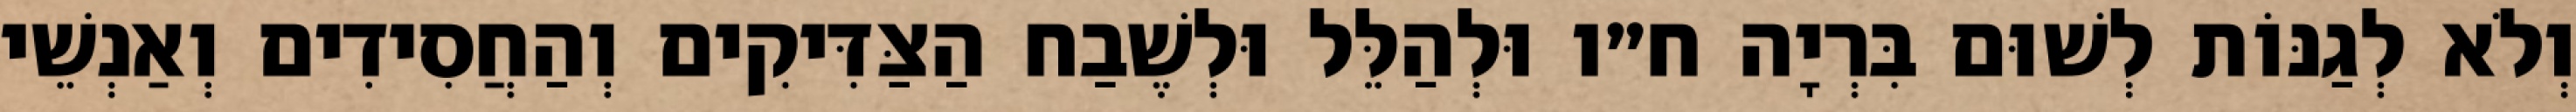
וְלֹא לְגַנּוֹת לְשׁוּם בִּרְיָה ח״ו וּלְהַלֵּל וּלְשֶׁבַח הַצַּדִּיקִים וְהַחֲסִידִים וְאַנְשֵׁי